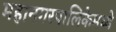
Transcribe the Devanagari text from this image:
महानगरपालिकेमध्ये